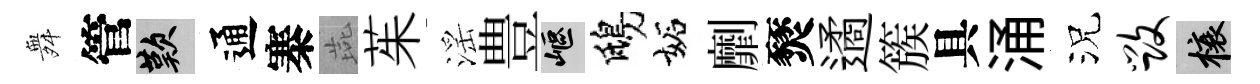
舞管嘆通寨燕茱滛豊嶇鴟妬劘燹遹簇具涌況毁榱